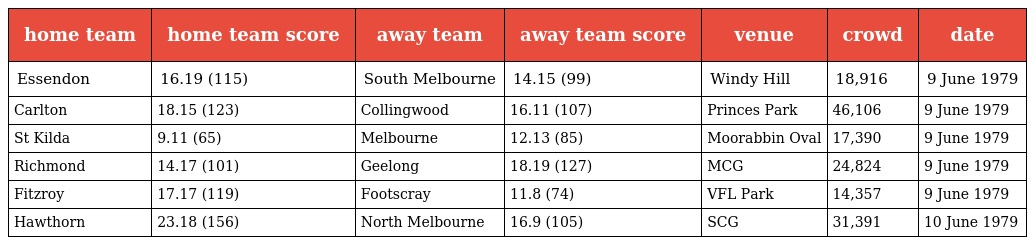
| home team | home team score | away team | away team score | venue | crowd | date |
 | --- | --- | --- | --- | --- | --- | --- |
 | Essendon | 16.19 (115) | South Melbourne | 14.15 (99) | Windy Hill | 18,916 | 9 June 1979 |
 | Carlton | 18.15 (123) | Collingwood | 16.11 (107) | Princes Park | 46,106 | 9 June 1979 |
 | St Kilda | 9.11 (65) | Melbourne | 12.13 (85) | Moorabbin Oval | 17,390 | 9 June 1979 |
 | Richmond | 14.17 (101) | Geelong | 18.19 (127) | MCG | 24,824 | 9 June 1979 |
 | Fitzroy | 17.17 (119) | Footscray | 11.8 (74) | VFL Park | 14,357 | 9 June 1979 |
 | Hawthorn | 23.18 (156) | North Melbourne | 16.9 (105) | SCG | 31,391 | 10 June 1979 |